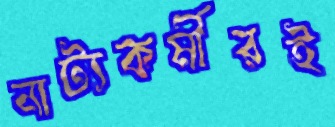
নাট্যকর্মীরই